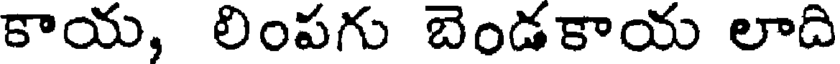
కాయ, లింపగు బెండకాయ లాది